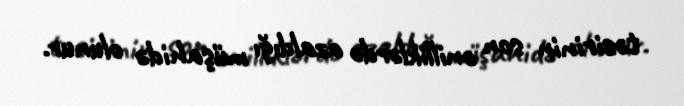
təsirinin son onilliklərdə azaldığı müşahidə olunur.